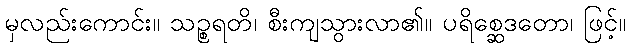
မှလည်းကောင်း။ သဉ္စရတိ၊ စီးကျသွားလာ၏။ ပရိစ္ဆေဒတော၊ ဖြင့်။